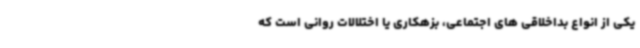
یکی از انواع بداخلاقی های اجتماعی، بزهکاری یا اختلالات روانی است که